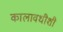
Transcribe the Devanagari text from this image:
कालावधीशी